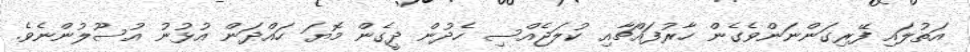
އަތުލައި ފޭރިގަންނަންވެގެން ހާރުފައްޗާއި ކުލަޖެއްސި ހެދުން ދީގެން މޮޔަ ހައްދަން އުޅުނު އުސޫލުންނެވެ.